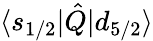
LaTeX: \langle s_{1/2}|\hat{Q}|d_{5/2}\rangle